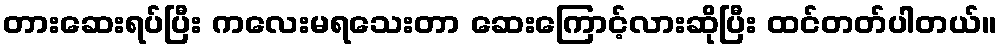
တားဆေးရပ်ပြီး ကလေးမရသေးတာ ဆေးကြောင့်လားဆိုပြီး ထင်တတ်ပါတယ်။